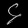
Digit: ၄